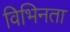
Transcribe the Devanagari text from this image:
विभिनता